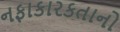
નફાકારકતાનો